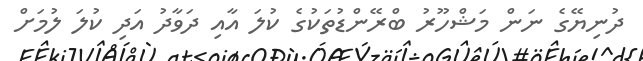
ދުނިޔޭގެ ނަން މަޝްހޫރު ބްރޭންޑުތަކުގެ ކުލަ އާއި ދަވާދު އަދި ކުލަ ލުމަށް